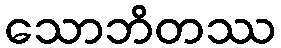
သောဘိတဿ